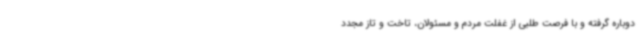
دوباره گرفته و با فرصت طلبی از غفلت مردم و مسئولان، تاخت و تاز مجدد